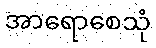
အာရောစေသုံ